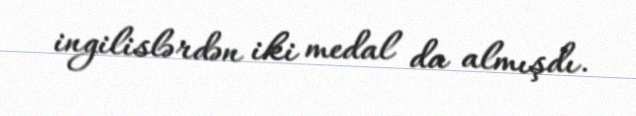
ingilislərdən iki medal da almışdı.